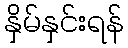
နှိမ်နှင်းရန်